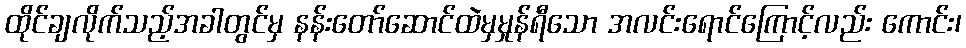
ထိုင်ချလိုက်သည့်အခါတွင်မှ နန်းတော်ဆောင်ထဲမှမှုန်ရီသော အလင်းရောင်ကြောင့်လည်း ကောင်း၊